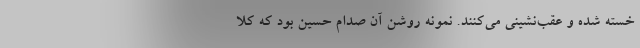
خسته شده و عقب‌نشینی می‌کنند. نمونه روشن آن صدام حسین بود که کلاً